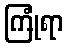
ကြုံရာ